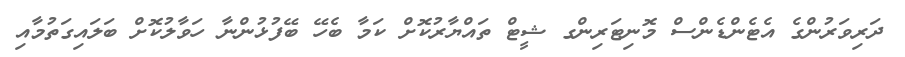
ދަރިވަރުންގެ އެޓެންޑެންސް މޮނިޓަރިންގ ޝީޓް ތައްޔާރުކޮށް ކަމާ ބެހޭ ބޭފުޅުންނާ ހަވާލުކޮށް ބަލައިގަތުމާއި